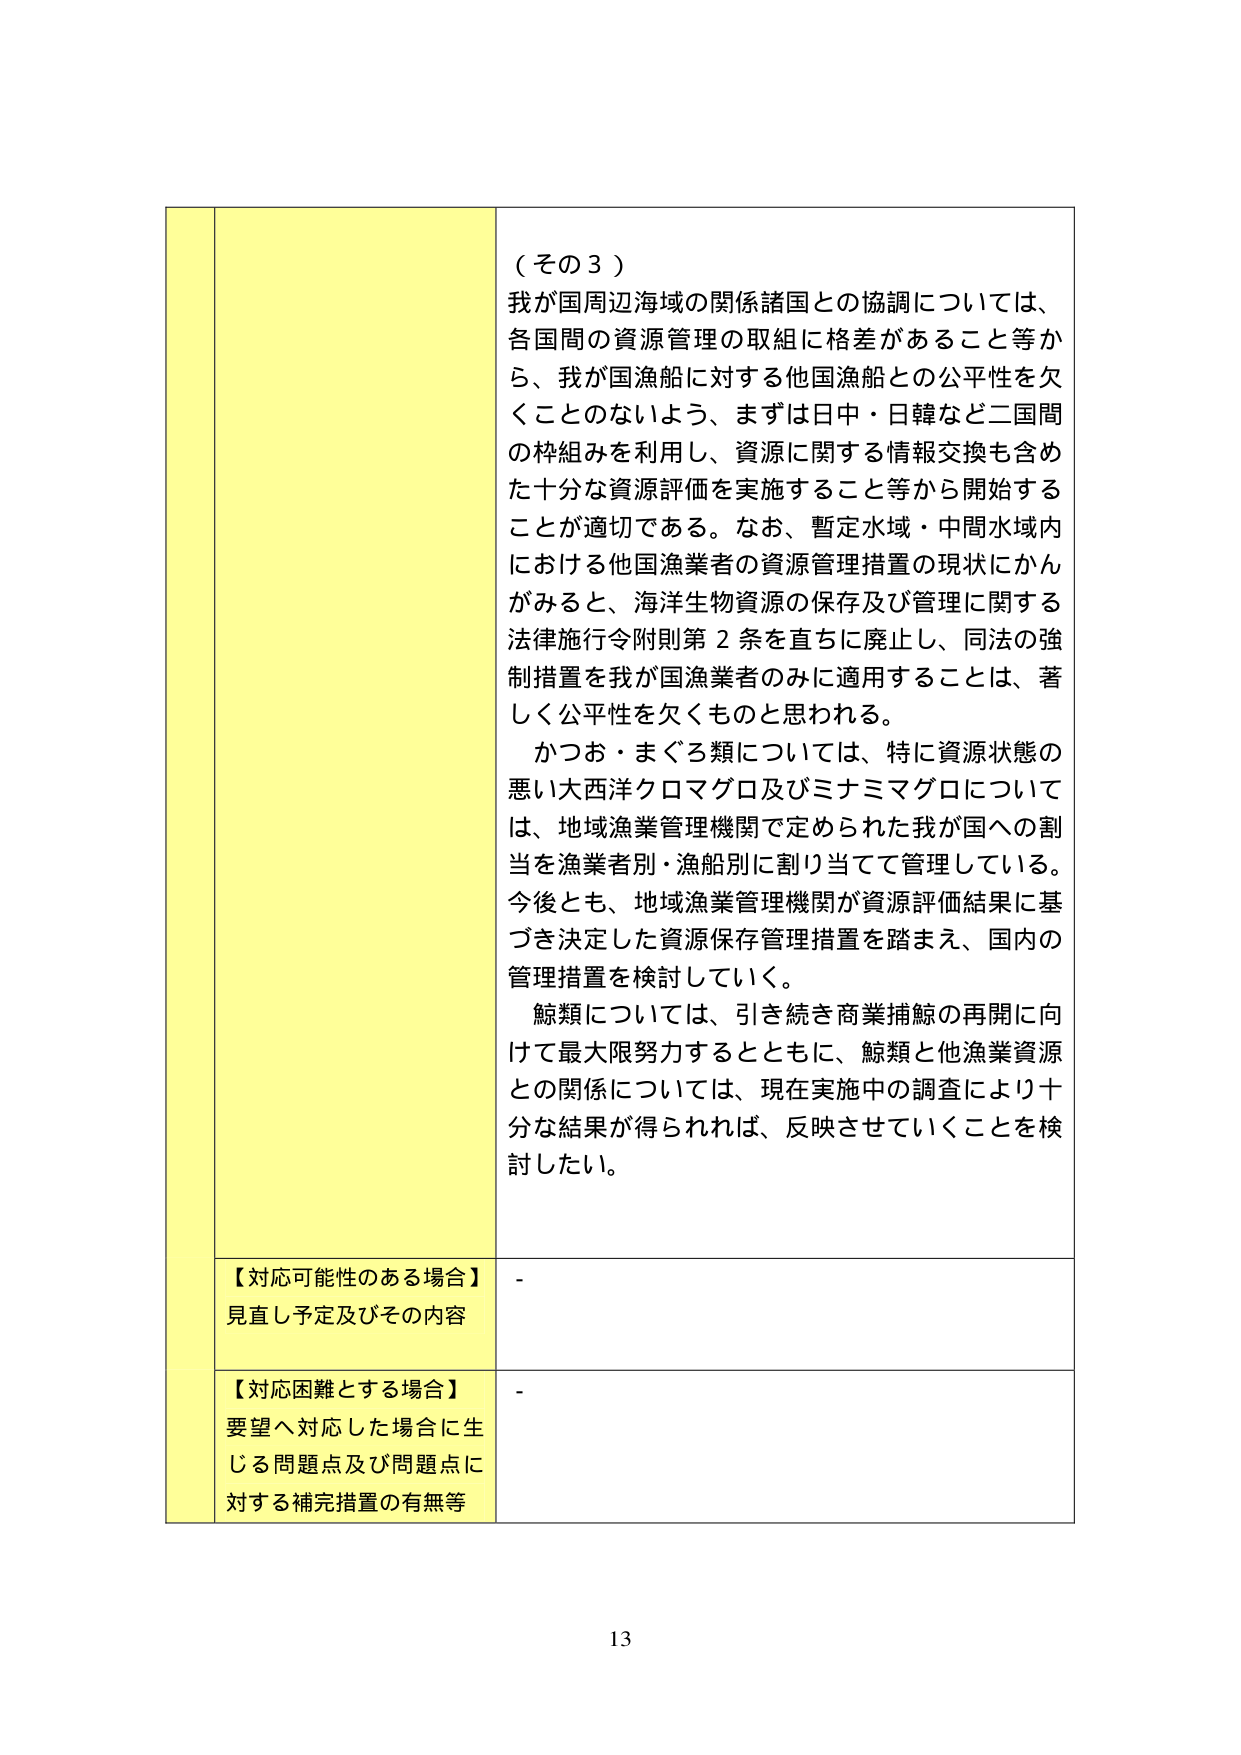
（その３）
我が国周辺海域の関係諸国との協調については、
各国間の資源管理の取組に格差があること等か
ら、我が国漁船に対する他国漁船との公平性を欠
くことのないよう、まずは日中・日韓など二国間
の枠組みを利用し、資源に関する情報交換も含め
た十分な資源評価を実施すること等から開始する
ことが適切である。なお、暫定水域・中間水域内
における他国漁業者の資源管理措置の現状にかん
がみると、海洋生物資源の保存及び管理に関する
法律施行令附則第２条を直ちに廃止し、同法の強
制措置を我が国漁業者のみに適用することは、著
しく公平性を欠くものと思われる。
かつお・まぐろ類については、特に資源状態の
悪い大西洋クロマグロ及びミナミマグロについて
は、地域漁業管理機関で定められた我が国への割
当を漁業者別・漁船別に割り当てて管理している。
今後とも、地域漁業管理機関が資源評価結果に基
づき決定した資源保存管理措置を踏まえ、国内の
管理措置を検討していく。
鯨類については、引き続き商業捕鯨の再開に向
けて最大限努力するとともに、鯨類と他漁業資源
との関係については、現在実施中の調査により十
分な結果が得られれば、反映させていくことを検
討したい。

【対応可能性のある場合】
見直し予定及びその内容
-

【対応困難とする場合】
要望へ対応した場合に生
じる問題点及び問題点に
対する補完措置の有無等
-

13